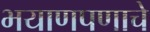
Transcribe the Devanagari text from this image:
भयाणपणाचे